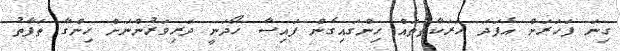
ގިނަ ފަހަރަށް އެފަދަ ހަރަކާތްތައް ހިންގައިގެން ފައިސާ ހޯދަނީ ދަރިވަރުންނަށް ހިންގާ ތަފާތު